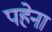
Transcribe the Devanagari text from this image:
पहेना